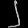
Digit: ၂